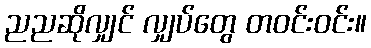
ညညဆိုလျှင် လျှပ်တွေ တဝင်းဝင်း။